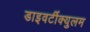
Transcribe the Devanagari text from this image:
डाइवर्टीक्युलम